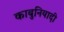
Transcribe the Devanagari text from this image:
काबुनियादी